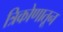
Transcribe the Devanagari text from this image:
त्रिकोणातून